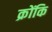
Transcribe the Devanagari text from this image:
क्रोंकि